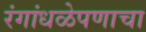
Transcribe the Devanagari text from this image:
रंगांधळेपणाचा